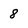
Character: 8